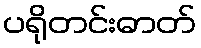
ပရိုတင်းဓာတ်